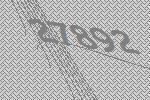
27892